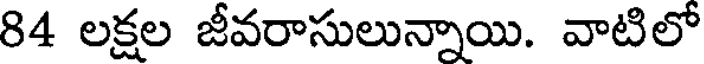
84 లక్షల జీవరాసులున్నాయి. వాటిలో